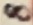
Text: 8